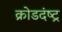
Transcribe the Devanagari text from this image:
क्रोडदंष्ट्र